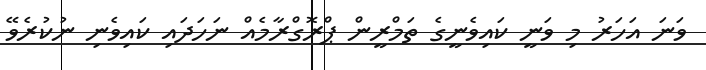
ވަނަ އަހަރު މި ވަނީ ކައިވެނީގެ ތަމްރީން ޕްރޮގްރާމެއް ނަހަދައި ކައިވެނި ނުކުރެވޭ